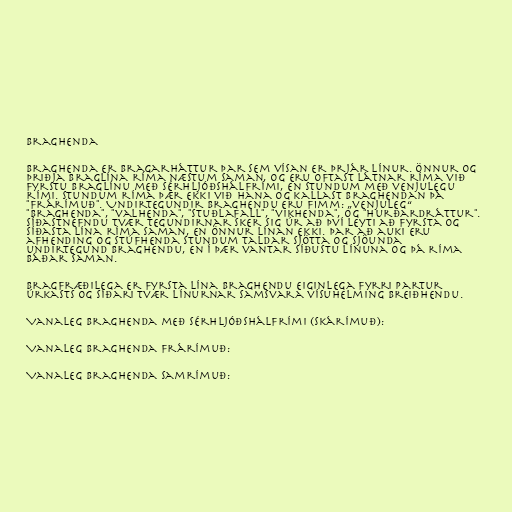
Braghenda

Braghenda er bragarháttur þar sem vísan er þrjár línur. Önnur og
þriðja braglína ríma næstum saman, og eru oftast látnar ríma við
fyrstu braglínu með sérhljóðshálfrími, en stundum með venjulegu
rími. Stundum ríma þær ekki við hana og kallast braghendan þá
"frárímuð". Undirtegundir braghendu eru fimm: „venjuleg“
"braghenda", "valhenda", "stuðlafall", "vikhenda", og "hurðardráttur".
Síðastnefndu tvær tegundirnar sker sig úr að því leyti að fyrsta og
síðasta lína ríma saman, en önnur línan ekki. Þar að auki eru
afhending og stúfhenda stundum taldar sjötta og sjöunda
undirtegund braghendu, en í þær vantar síðustu línuna og þá ríma
báðar saman.

Bragfræðilega er fyrsta lína braghendu eiginlega fyrri partur
úrkasts og síðari tvær línurnar samsvara vísuhelming breiðhendu.

Vanaleg braghenda með sérhljóðshálfrími (skárímuð):

Vanaleg braghenda frárímuð:

Vanaleg braghenda samrímuð: